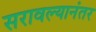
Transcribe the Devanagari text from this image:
सरावल्यानंतर